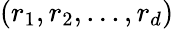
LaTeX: (r_{1},r_{2},...,r_{d})